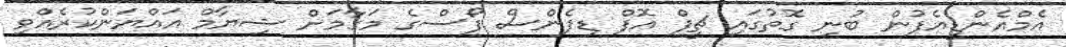
އެމްއެންޑީއެފުން ބުނި ގޮތުގައި ޗީފް އޮފް ޑިފެންސް ފޯސްގެ މަގާމަށް ޝިޔާމް އައްޔަންކުރެއްވި